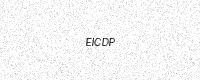
Text: EICDP